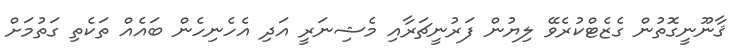
ޤާނޫނީގޮތުން ގެޒެޓްކުރެވޭ ލިޔުން ފަރުނީޗަރާއި މެޝިނަރީ އަދި އެހެނިހެން ބައެއް ތަކެތި ގަތުމަށް